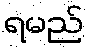
ရမည်